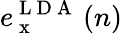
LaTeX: e_{\mathrm{~x~}}^{\mathrm{~L~D~A~}}\left(n\right)